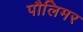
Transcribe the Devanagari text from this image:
पौलिमर